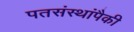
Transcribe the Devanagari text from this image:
पतसंस्थांपैकी